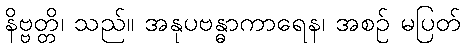
နိဗ္ဗတ္တိ၊ သည်။ အနုပဗန္ဓာကာရေန၊ အစဉ် မပြတ်